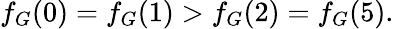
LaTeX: f_{G}(0)=f_{G}(1)>f_{G}(2)=f_{G}(5).